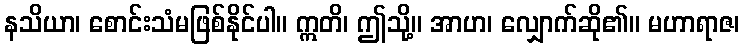
နသိယာ၊ စောင်းသံမဖြစ်နိုင်ပါ။ ဣတိ၊ ဤသို့။ အာဟ၊ လျှောက်ဆို၏။ မဟာရာဇ၊